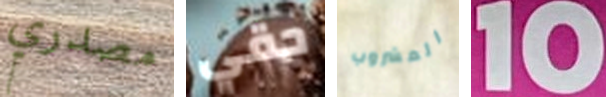
مصدري حقي المشروب 10